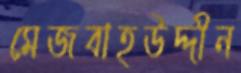
মেজবাহউদ্দীন